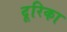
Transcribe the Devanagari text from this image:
दूरिका